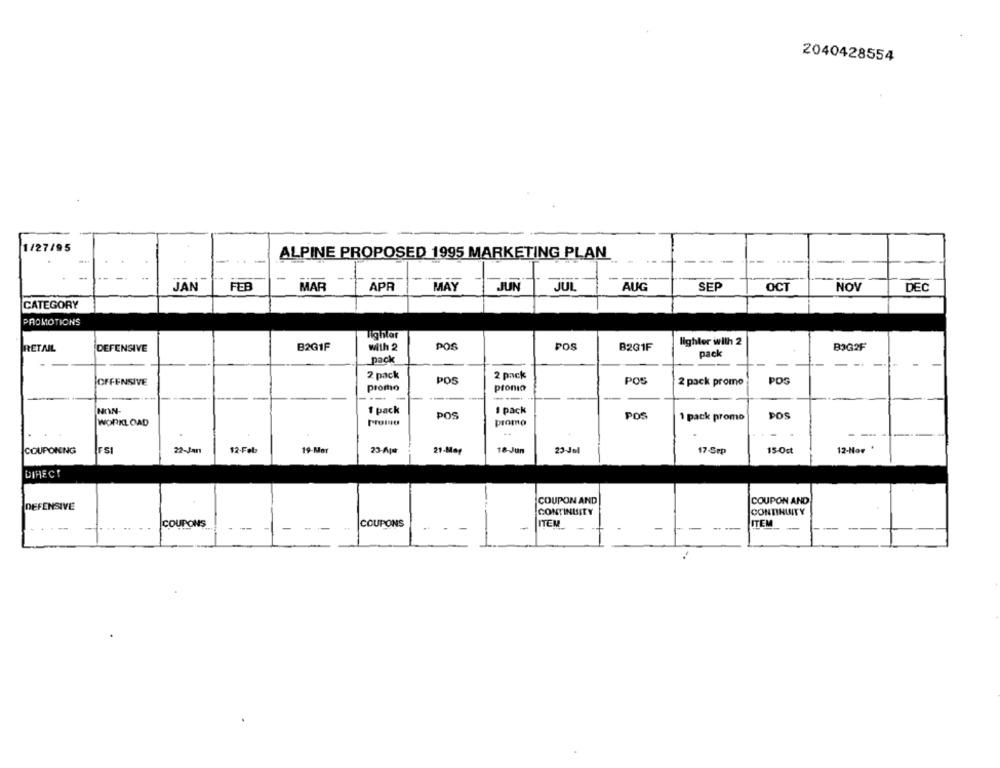
2040428554
1/27/95
ALPINE PROPOSED 1995 MARKETING PLAN
JAN
FEB
MAR
APR
MAY
JUN
JUL
AUG
SEP
OCT
NOV
DEC
CATEGORY
PROMOTIONS
lighlar
B2G1F
POS
POS
lighter with 2
RETAIL
DEFENSIVE
with 2
B201F
pack
BOG2F
pack
2 pack
2 pack
OFFENSIVE
POS
POS
2 pack promo
POS
Promo
pronto
--
NON-
1 pack
POS
1 pack
POS
POS
WORKLOAD
promo
1 pack promo
-
-
COUPONING
FSI
22-Jan
12-Feb
19-Mar
23-Aps
21-May
18-Jun
23-Jel
17-Sep
15-Oct
12-How '
DIRECT
COUPON AND
COUPON AND
DEFENSIVE
CONTINUITY
CONTINLUTY
ITEM
-
... ..
COUPONS
-
COUPONS
ITEM